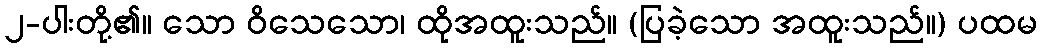
၂-ပါးတို့၏။ သော ဝိသေသော၊ ထိုအထူးသည်။ (ပြခဲ့သော အထူးသည်။) ပထမ